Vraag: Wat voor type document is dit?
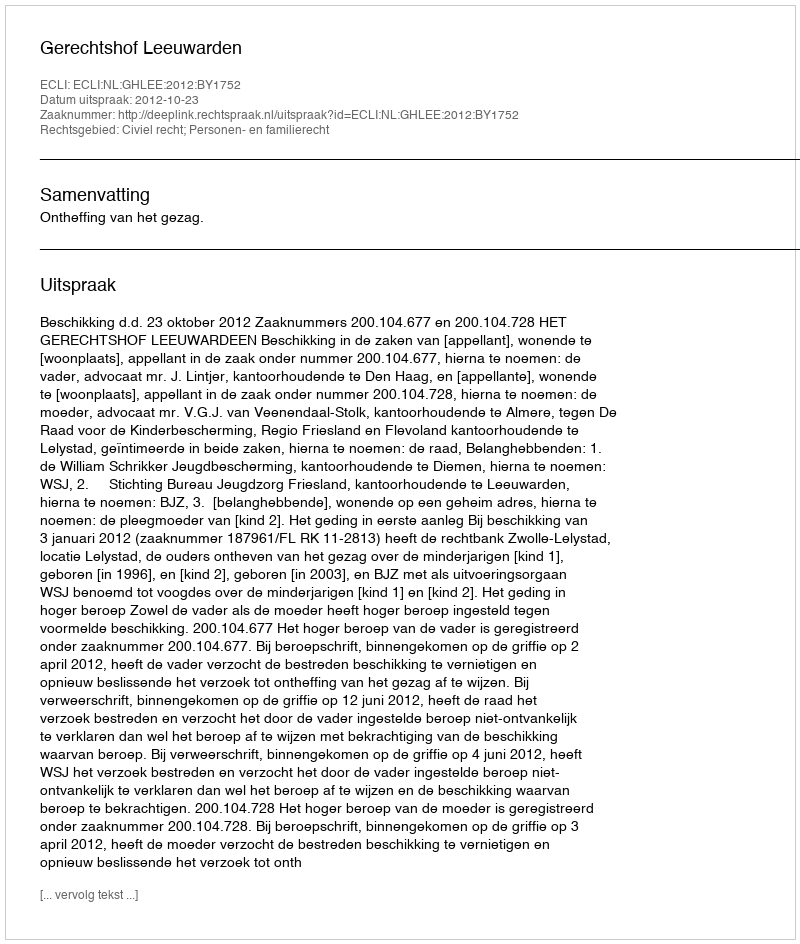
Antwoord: Uitspraak